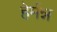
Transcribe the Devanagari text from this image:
हेर्मन्न